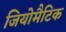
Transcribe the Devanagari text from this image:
जियोमैटिक